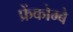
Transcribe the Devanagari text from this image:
फ्रेंकोम्बे